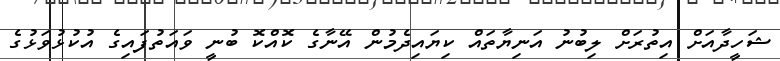
ޝަހީދާއަށް އިތުރަށް ލިބުނު އަނިޔާތައް ކިޔައިދެމުން އޭނާގެ ކޮއްކޮ ބުނީ ވައަތުފައިގެ އުކުޅުވަޅުގެ